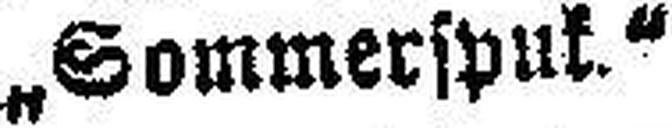
„Sommerspuk“